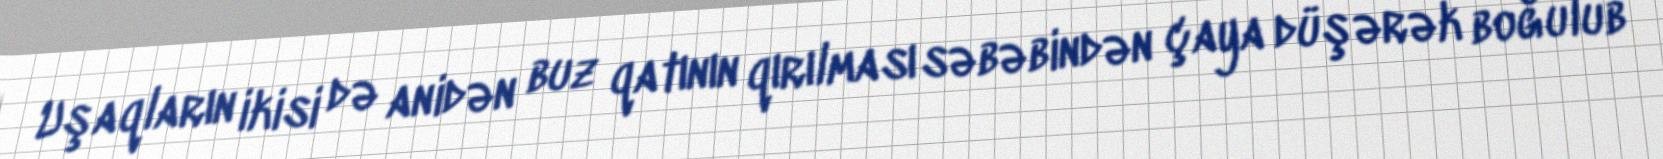
Uşaqların ikisi də anidən buz qatının qırılması səbəbindən çaya düşərək boğulub